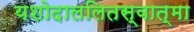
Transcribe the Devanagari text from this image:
यशोदाललितस्वात्मा